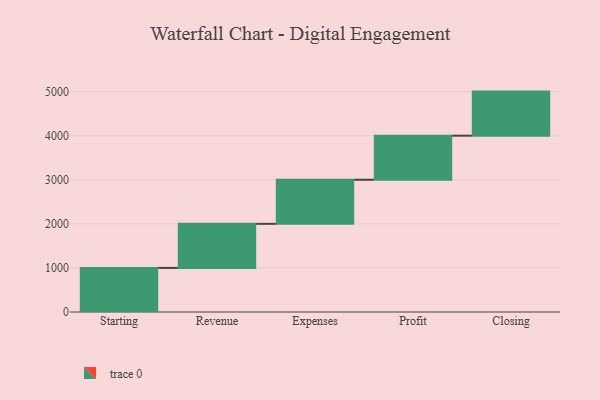
{"axis": {"x": "Step", "y": "Value"}, "legend": [""], "data": [{"x": "Starting", "y": 1000.0, "type": ""}, {"x": "Revenue", "y": 1000, "type": ""}, {"x": "Expenses", "y": 1000, "type": ""}, {"x": "Profit", "y": 1000, "type": ""}, {"x": "Closing", "y": 1000, "type": ""}]}